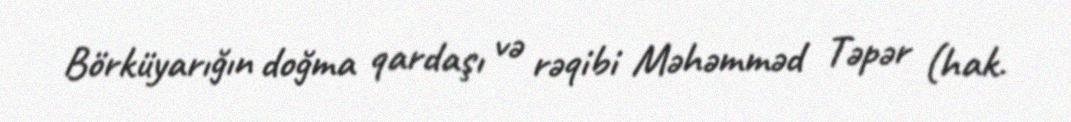
Börküyarığın doğma qardaşı və rəqibi Məhəmməd Təpər (hak.